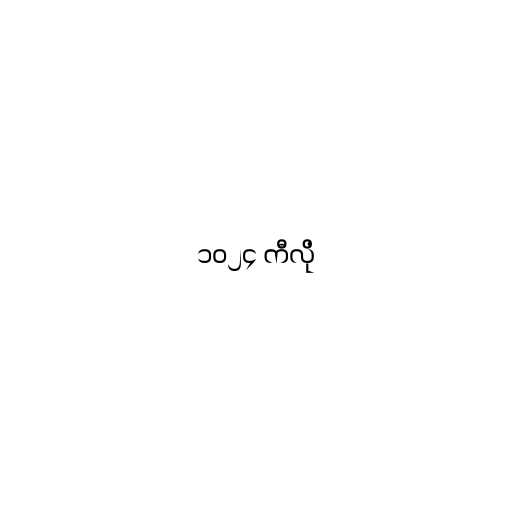
၁၀၂၄ ကီလို